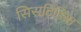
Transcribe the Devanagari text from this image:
सिसटिडिया